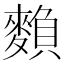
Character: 𪍏